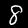
Label: 8